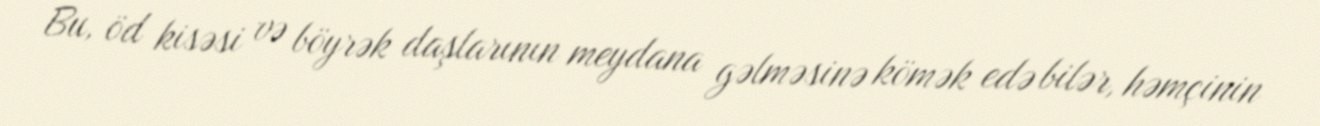
Bu, öd kisəsi və böyrək daşlarının meydana gəlməsinə kömək edə bilər, həmçinin